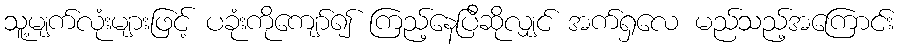
သူ့မျက်လုံးများဖြင့် ပခုံးကိုကျော်၍ ကြည့်နေပြီဆိုလျှင် အက်ရှလေ မည်သည့်အကြောင်း